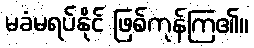
မခံမရပ်နိုင် ဖြစ်ကုန်ကြ၏။